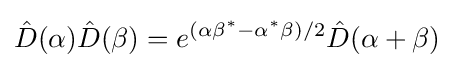
{\hat {D}}(\alpha ){\hat {D}}(\beta )=e^{(\alpha \beta ^{*}-\alpha ^{*}\beta )/2}{\hat {D}}(\alpha +\beta )